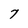
Character: 7